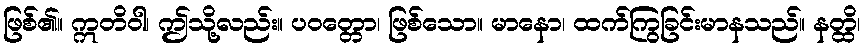
ဖြစ်၏။ ဣတိဝါ၊ ဤသို့လည်း။ ပဝတ္တော၊ ဖြစ်သော။ မာနော၊ ထက်ကြွခြင်းမာနသည်။ နတ္ထိ၊